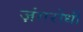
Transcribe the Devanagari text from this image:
ज़ंगरोधी